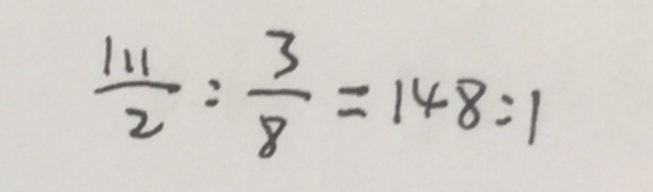
\frac { 1 1 1 } { 2 } : \frac { 3 } { 8 } = 1 4 8 : 1